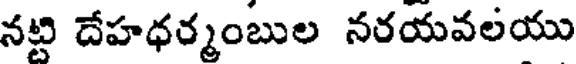
నట్టి దేహధర్మంబుల నరయవలయు